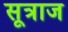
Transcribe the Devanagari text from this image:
सूत्राज